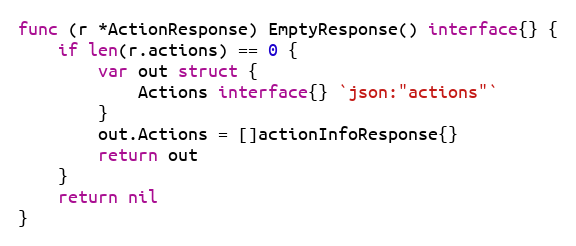
Language: Go
func (r *ActionResponse) EmptyResponse() interface{} {
	if len(r.actions) == 0 {
		var out struct {
			Actions interface{} `json:"actions"`
		}
		out.Actions = []actionInfoResponse{}
		return out
	}
	return nil
}